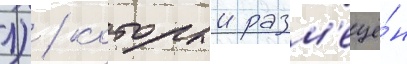
л) / которыи разм'ещё́н